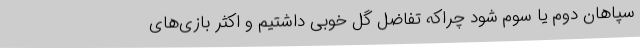
سپاهان دوم یا سوم شود چراکه تفاضل گل خوبی داشتیم و اکثر بازی‌های